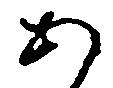
あ